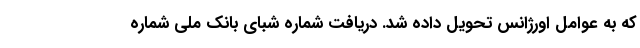
که به عوامل اورژانس تحویل داده شد. دریافت شماره شبای بانک ملی شماره